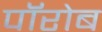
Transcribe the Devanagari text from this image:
पॉरोब